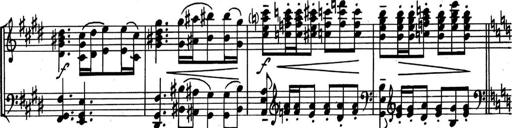
Title: Kleine Sonate
Composer: Raoul Koczalski
Key: C major